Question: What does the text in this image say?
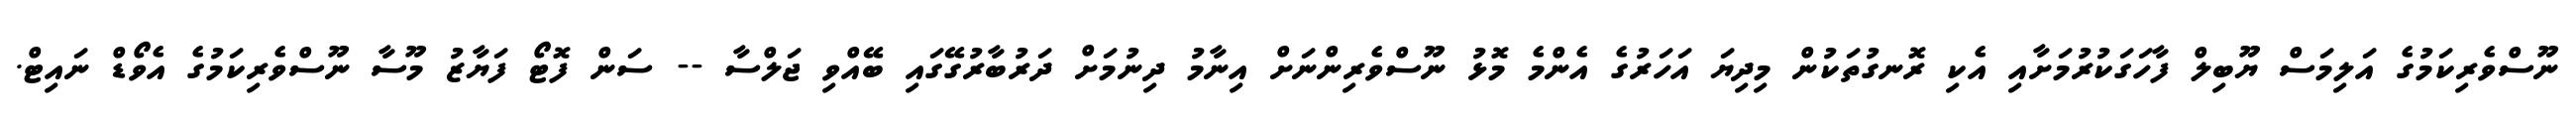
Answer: ނޫސްވެރިކަމުގެ އަލިމަސް ޔޫބިލް ފާހަގަކުރުމަށާއި އެކި ރޮނގުތަކުން މިދިޔަ އަހަރުގެ އެންމެ މޮޅު ނޫސްވެރިންނަށް އިނާމު ދިނުމަށް ދަރުބާރުގޭގައި ބޭއްވި ޖަލްސާ -- ސަން ފޮޓޯ ފަޔާޒު މޫސާ ނޫސްވެރިކަމުގެ އެވޯޑް ނައިޓް.